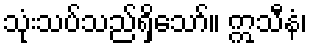
သုံးသပ်သည်ရှိသော်။ ဣသီနံ၊